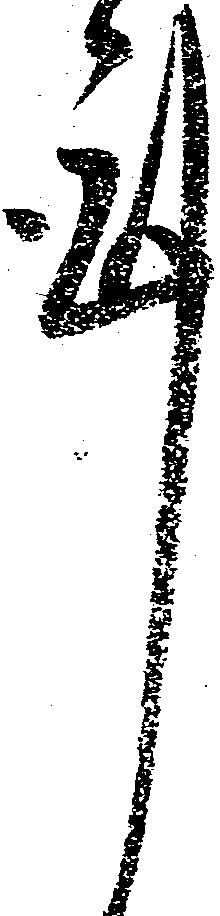
謹